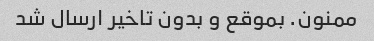
ممنون. بموقع و بدون تاخیر ارسال شد